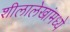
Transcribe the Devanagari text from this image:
शीलालेखांमध्ये